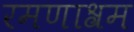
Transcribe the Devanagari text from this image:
रमणाश्रम